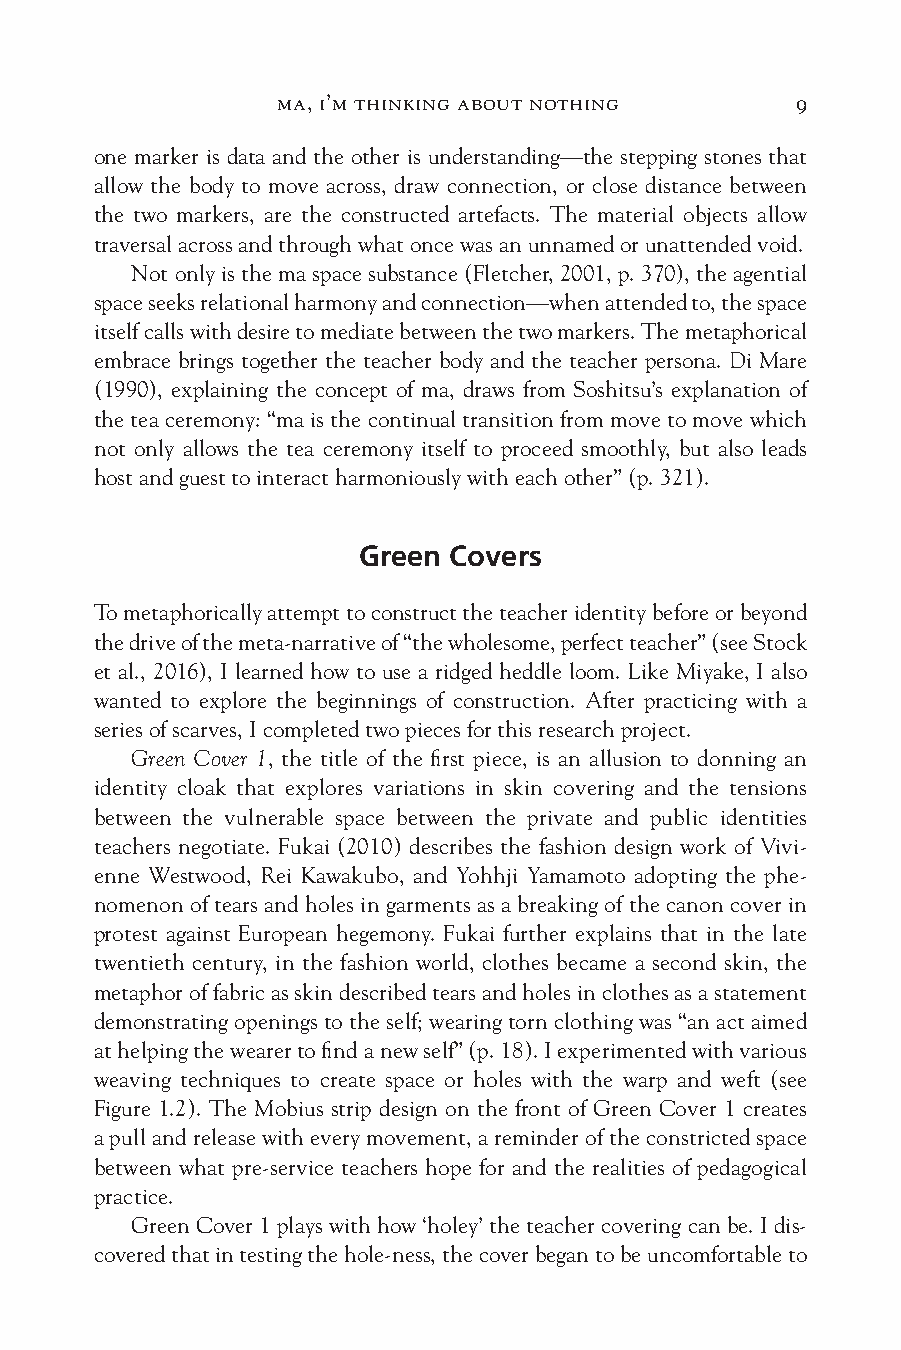
ma, i’m thinking about nothing     9
 one marker is data and the other is understanding—the stepping stones that
 allow the body to move across, draw connection, or close distance between
 the two markers, are the constructed artefacts. The material objects allow
 traversal across and through what once was an unnamed or unattended void.
 Not only is the ma space substance (Fletcher, 2001, p. 370), the agential
 space seeks relational harmony and connection—when attended to, the space
 itself calls with desire to mediate between the two markers. The metaphorical
 embrace brings together the teacher body and the teacher persona. Di Mare
 (1990), explaining the concept of ma, draws from Soshitsu’s explanation of
 the tea ceremony: “ma is the continual transition from move to move which
 not only allows the tea ceremony itself to proceed smoothly, but also leads
 host and guest to interact harmoniously with each other” (p. 321).
 Green Covers
 To metaphorically attempt to construct the teacher identity before or beyond
 the drive of the meta-narrative of “the wholesome, perfect teacher” (see Stock
 et al., 2016), I learned how to use a ridged heddle loom. Like Miyake, I also
 wanted to explore the beginnings of construction. After practicing with a
 series of scarves, I completed two pieces for this research project.
 Green Cover 1, the title of the first piece, is an allusion to donning an
 identity cloak that explores variations in skin covering and the tensions
 between the vulnerable space between the private and public identities
 teachers negotiate. Fukai (2010) describes the fashion design work of Vivi-
 enne Westwood, Rei Kawakubo, and Yohhji Yamamoto adopting the phe-
 nomenon of tears and holes in garments as a breaking of the canon cover in
 protest against European hegemony. Fukai further explains that in the late
 twentieth century, in the fashion world, clothes became a second skin, the
 metaphor of fabric as skin described tears and holes in clothes as a statement
 demonstrating openings to the self; wearing torn clothing was “an act aimed
 at helping the wearer to find a new self” (p. 18). I experimented with various
 weaving techniques to create space or holes with the warp and weft (see
 Figure 1.2). The Mobius strip design on the front of Green Cover 1 creates
 a pull and release with every movement, a reminder of the constricted space
 between what pre-service teachers hope for and the realities of pedagogical
 practice.
 Green Cover 1 plays with how ‘holey’ the teacher covering can be. I dis-
 covered that in testing the hole-ness, the cover began to be uncomfortable to